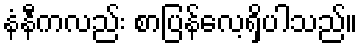
နံနီကလည်း စာပြန်လေ့ရှိပါသည်။